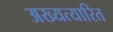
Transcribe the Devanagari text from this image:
अख्यत्यारित